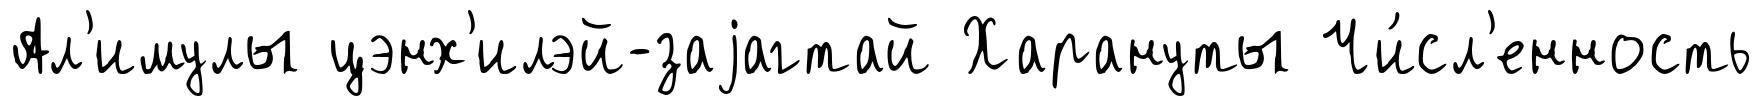
Ал'имулы цэнх'илэй-заjагтай Харануты Чи́сл'енность